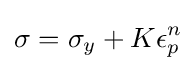
\sigma =\sigma _{y}+K\epsilon _{p}^{n}\,\!